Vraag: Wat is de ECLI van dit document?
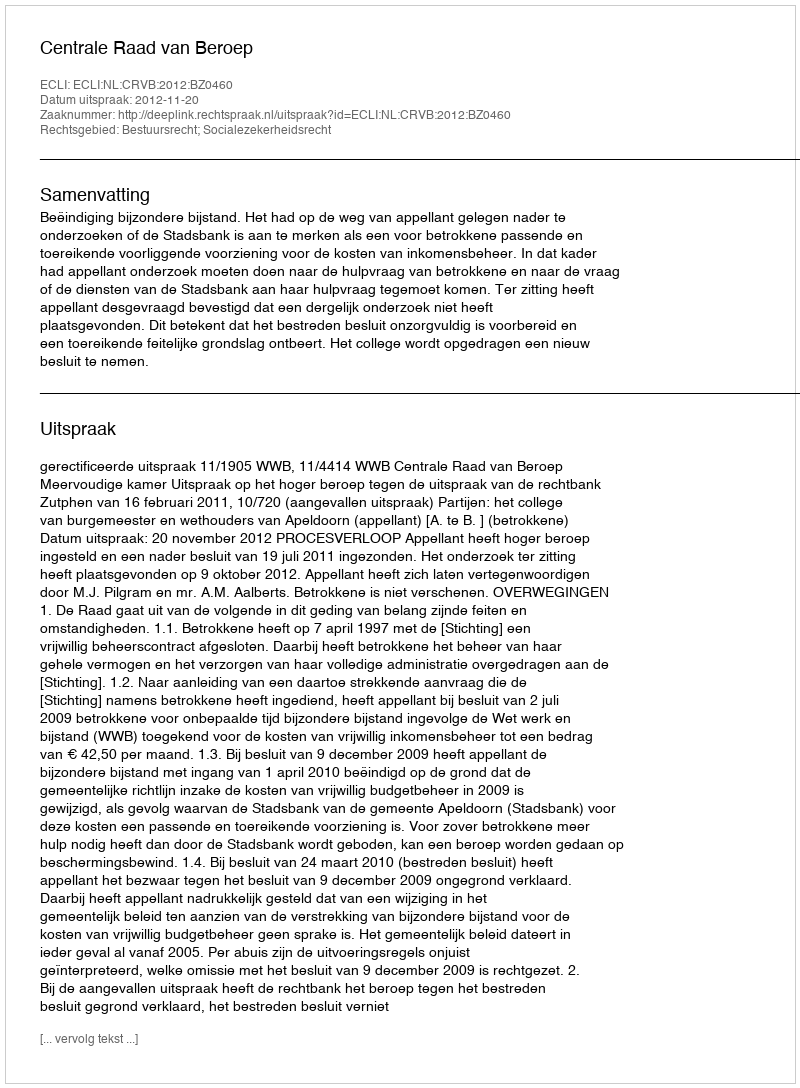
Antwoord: ECLI:NL:CRVB:2012:BZ0460